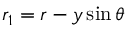
r _ { 1 } = r - y \sin \theta